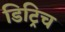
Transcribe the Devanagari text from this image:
डिट्रिच